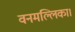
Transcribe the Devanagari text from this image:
वनमल्लिका।